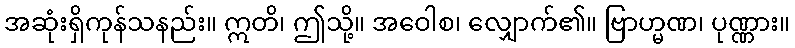
အဆုံးရှိကုန်သနည်း။ ဣတိ၊ ဤသို့။ အဝေါစ၊ လျှောက်၏။ ဗြာဟ္မဏ၊ ပုဏ္ဏား။